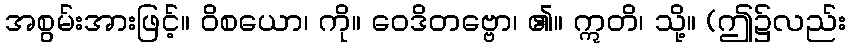
အစွမ်းအားဖြင့်။ ဝိစယော၊ ကို။ ဝေဒိတဗ္ဗော၊ ၏။ ဣတိ၊ သို့။ (ဤ၌လည်း